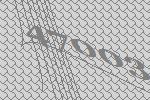
47003